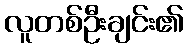
လူတစ်ဦးချင်း၏